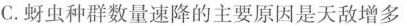
C.蚜虫种群数量速降的主要原因是天敌增多